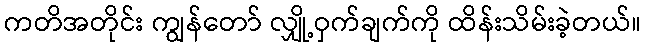
ကတိအတိုင်း ကျွန်တော် လျှို့ဝှက်ချက်ကို ထိန်းသိမ်းခဲ့တယ်။